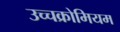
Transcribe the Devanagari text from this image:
उच्चक्रोमियम